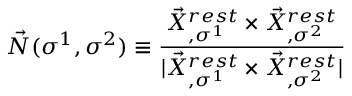
\vec { N } ( \sigma ^ { 1 } , \sigma ^ { 2 } ) \equiv \frac { \vec { X } _ { , \sigma ^ { 1 } } ^ { r e s t } \times \vec { X } _ { , \sigma ^ { 2 } } ^ { r e s t } } { | \vec { X } _ { , \sigma ^ { 1 } } ^ { r e s t } \times \vec { X } _ { , \sigma ^ { 2 } } ^ { r e s t } | }